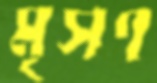
মৃসণ